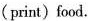
(print)food.